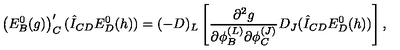
\left( E _ { B } ^ { 0 } ( g ) \right) _ { C } ^ { \prime } ( \hat { I } _ { C D } E _ { D } ^ { 0 } ( h ) ) = ( - D ) _ { L } \left[ \frac { \partial ^ { 2 } g } { \partial \phi _ { B } ^ { ( L ) } \partial \phi _ { C } ^ { ( J ) } } D _ { J } ( \hat { I } _ { C D } E _ { D } ^ { 0 } ( h ) ) \right] ,